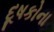
દૂષકોના